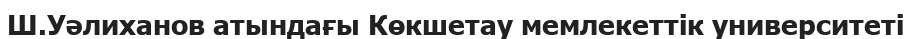
Ш.Уәлиханов атындағы Көкшетау мемлекеттік университеті